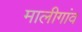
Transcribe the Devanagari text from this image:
मालीगांव